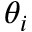
\theta _ { i }